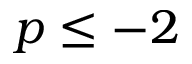
p \le - 2